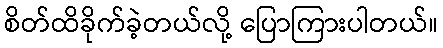
စိတ်ထိခိုက်ခဲ့တယ်လို့ ပြောကြားပါတယ်။